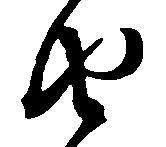
由